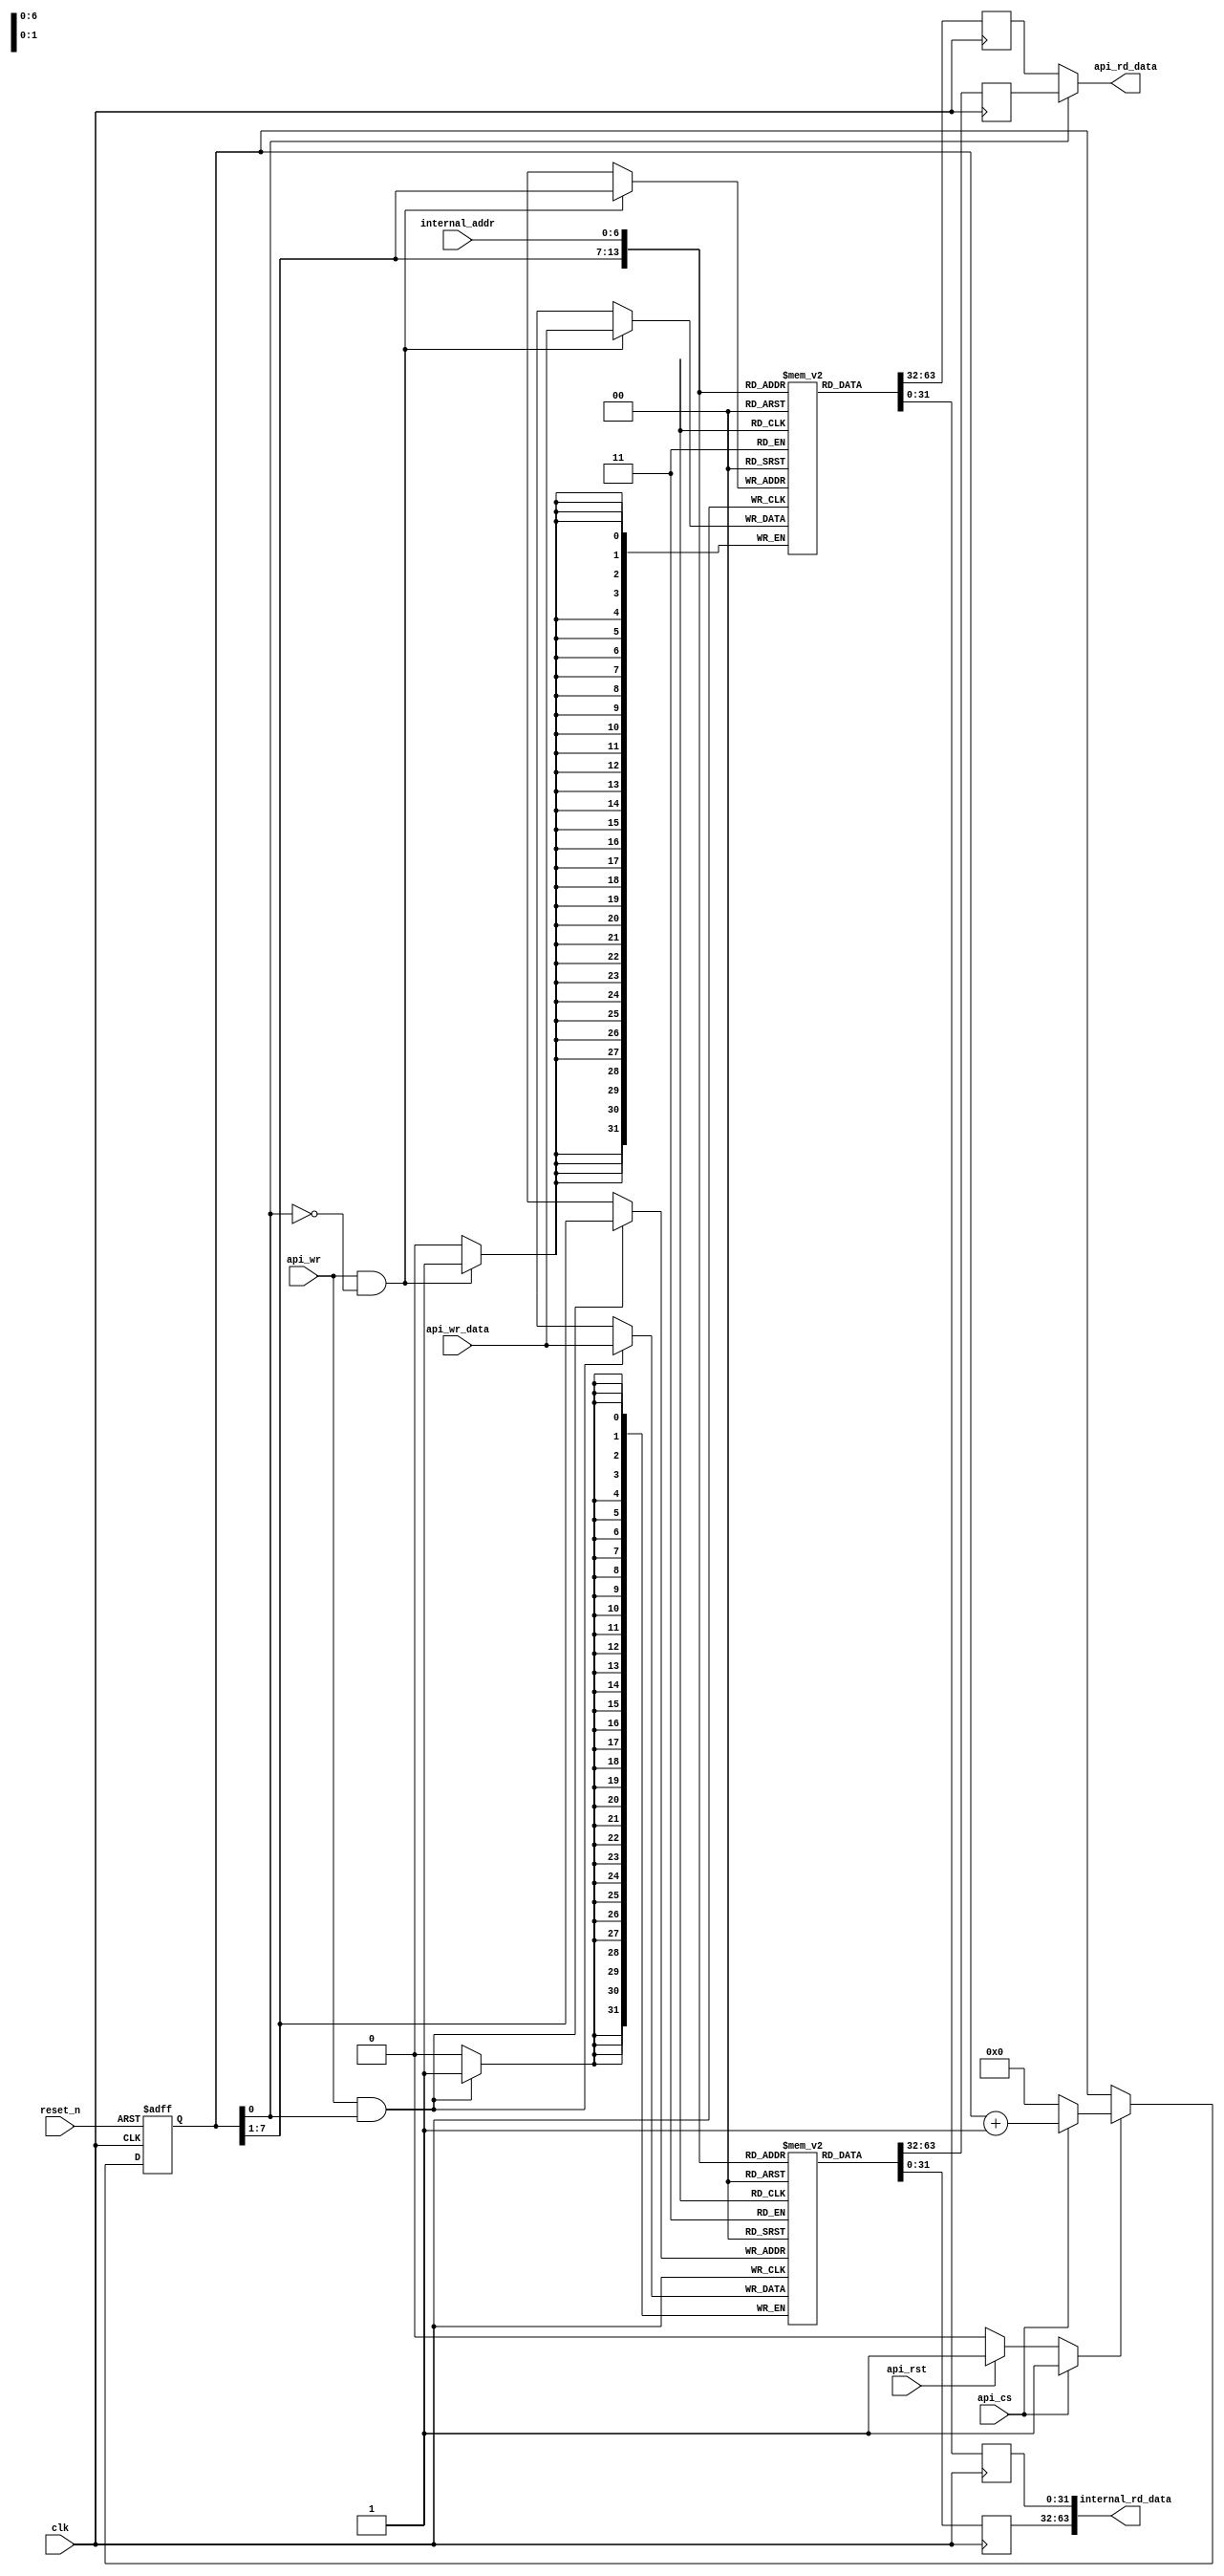
//======================================================================
//
// blockmem_rw32ptr_r64.v
// ----------------------
// Synchronous block memory with two separate ports. Port one is
// called the api port and port two is called the internal port.
//
// The api port contains its own address generator and the api port
// uses 32 bit data width. The address is automatically increased when
// the cs signal is set. The address is reset to zero when the rst
// signal is asserted.
//
// The second data port is called the internal port. The internal
// port uses 64 bit data width.
//
// and an internal port. The api port contains apointer
// and 32 bit data width. The internal port
// For port 1 the address is implicit and instead given by the
// internal pointer.
//
// Copyright (c) 2015, NORDUnet A/S All rights reserved.
//
// Redistribution and use in source and binary forms, with or without
// modification, are permitted provided that the following conditions are
// met:
// - Redistributions of source code must retain the above copyright notice,
//   this list of conditions and the following disclaimer.
//
// - Redistributions in binary form must reproduce the above copyright
//   notice, this list of conditions and the following disclaimer in the
//   documentation and/or other materials provided with the distribution.
//
// - Neither the name of the NORDUnet nor the names of its contributors may
//   be used to endorse or promote products derived from this software
//   without specific prior written permission.
//
// THIS SOFTWARE IS PROVIDED BY THE COPYRIGHT HOLDERS AND CONTRIBUTORS "AS
// IS" AND ANY EXPRESS OR IMPLIED WARRANTIES, INCLUDING, BUT NOT LIMITED
// TO, THE IMPLIED WARRANTIES OF MERCHANTABILITY AND FITNESS FOR A
// PARTICULAR PURPOSE ARE DISCLAIMED. IN NO EVENT SHALL THE COPYRIGHT
// HOLDER OR CONTRIBUTORS BE LIABLE FOR ANY DIRECT, INDIRECT, INCIDENTAL,
// SPECIAL, EXEMPLARY, OR CONSEQUENTIAL DAMAGES (INCLUDING, BUT NOT LIMITED
// TO, PROCUREMENT OF SUBSTITUTE GOODS OR SERVICES; LOSS OF USE, DATA, OR
// PROFITS; OR BUSINESS INTERRUPTION) HOWEVER CAUSED AND ON ANY THEORY OF
// LIABILITY, WHETHER IN CONTRACT, STRICT LIABILITY, OR TORT (INCLUDING
// NEGLIGENCE OR OTHERWISE) ARISING IN ANY WAY OUT OF THE USE OF THIS
// SOFTWARE, EVEN IF ADVISED OF THE POSSIBILITY OF SUCH DAMAGE.
//
//======================================================================

module blockmem_rw32ptr_r64(
                            input wire           clk,
                            input wire           reset_n,

                            input wire           api_rst,
                            input wire           api_cs,
                            input wire           api_wr,
                            input wire  [31 : 0] api_wr_data,
                            output wire [31 : 0] api_rd_data,

                            input wire  [06 : 0] internal_addr,
                            output wire [63 : 0] internal_rd_data
                           );


  //----------------------------------------------------------------
  // Regs and memories.
  //----------------------------------------------------------------
  reg [31 : 0] mem0 [0 : 127];
  wire         mem0_we;

  reg [31 : 0] mem1 [0 : 127];
  wire         mem1_we;

  reg [7 : 0]  ptr_reg;
  reg [7 : 0]  ptr_new;
  reg          ptr_we;


  //----------------------------------------------------------------
  // Wires.
  //----------------------------------------------------------------
  reg [31 : 0] tmp0_api_rd_data;
  reg [31 : 0] tmp1_api_rd_data;
  reg [31 : 0] tmp0_int_rd_data;
  reg [31 : 0] tmp1_int_rd_data;


  //----------------------------------------------------------------
  // Assignments.
  //----------------------------------------------------------------
  assign api_rd_data      = ptr_reg[0] ? tmp1_api_rd_data : tmp0_api_rd_data;
  assign internal_rd_data = {tmp1_int_rd_data, tmp0_int_rd_data};

  assign mem0_we = api_wr & ~ptr_reg[0];
  assign mem1_we = api_wr & ptr_reg[0];


  //----------------------------------------------------------------
  // mem0_updates
  //----------------------------------------------------------------
  always @ (posedge clk)
    begin : update_mem0
      if (mem0_we)
        mem0[ptr_reg[7 : 1]] <= api_wr_data;

      tmp0_api_rd_data <= mem0[ptr_reg[7 : 1]];
      tmp0_int_rd_data <= mem0[internal_addr];
    end

  always @ (posedge clk)
    begin : update_mem1
      if (mem1_we)
        mem1[ptr_reg[7 : 1]] <= api_wr_data;

      tmp1_api_rd_data <= mem1[ptr_reg[7 : 1]];
      tmp1_int_rd_data <= mem1[internal_addr];
    end


  //----------------------------------------------------------------
  // reg_update
  //----------------------------------------------------------------
  always @ (posedge clk or negedge reset_n)
    begin : reg_update
      if (!reset_n)
        ptr_reg <= 8'h00;
      else
        if (ptr_we)
          ptr_reg <= ptr_new;
    end


  //----------------------------------------------------------------
  // ptr_logic
  //----------------------------------------------------------------
  always @*
    begin : ptr_logic
      ptr_new = 8'h00;
      ptr_we  = 1'b0;

      if (api_rst)
        begin
          ptr_new = 8'h00;
          ptr_we  = 1'b1;
        end

      if (api_cs)
        begin
          ptr_new = ptr_reg + 1'b1;
          ptr_we  = 1'b1;
        end
    end

endmodule // blockmem_rw32ptr_r64

//======================================================================
// EOF blockmem_rw32ptr_r64
//======================================================================